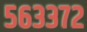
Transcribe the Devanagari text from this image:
५६३३७२